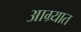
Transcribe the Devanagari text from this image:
आग्र्यात